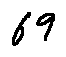
6 9